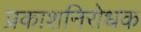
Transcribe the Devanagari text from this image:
प्रकाशनिरोधक